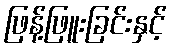
ဖြန့်ဖြူးခြင်းနှင့်